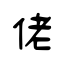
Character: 佬